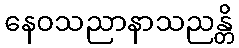
နေဝသညာနာသညန္တိ